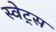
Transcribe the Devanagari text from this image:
स्वेट्स